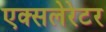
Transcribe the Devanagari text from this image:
एक्सलेरेटर